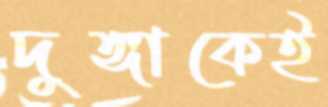
দুঙ্গাকেই